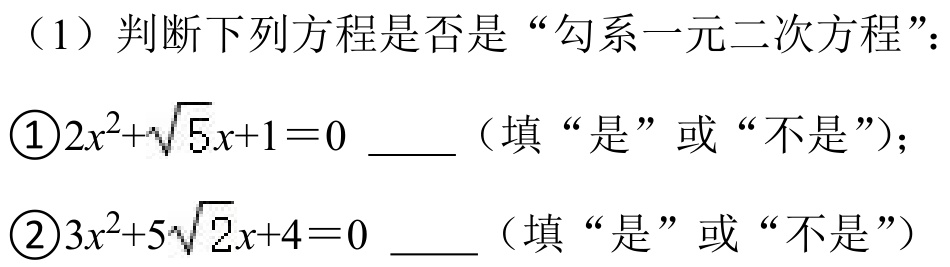
（1）判断下列方程是否是“勾系一元二次方程”：
\textcircled{1}\(2x^{2}+\sqrt{5}x + 1 = 0\) \_\_\_（填“是”或“不是”）；
\textcircled{2}\(3x^{2}+5\sqrt{2}x + 4 = 0\) \_\_\_（填“是”或“不是”）